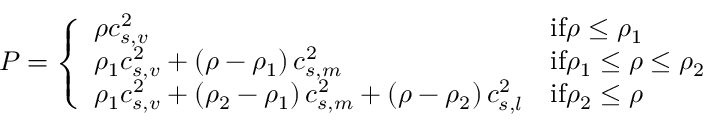
P = \left\{ \begin{array} { l l } { \rho c _ { s , v } ^ { 2 } } & { \mathrm { i f } \rho \leq \rho _ { 1 } } \\ { \rho _ { 1 } c _ { s , v } ^ { 2 } + \left( \rho - \rho _ { 1 } \right) c _ { s , m } ^ { 2 } } & { \mathrm { i f } \rho _ { 1 } \leq \rho \leq \rho _ { 2 } } \\ { \rho _ { 1 } c _ { s , v } ^ { 2 } + \left( \rho _ { 2 } - \rho _ { 1 } \right) c _ { s , m } ^ { 2 } + \left( \rho - \rho _ { 2 } \right) c _ { s , l } ^ { 2 } } & { \mathrm { i f } \rho _ { 2 } \leq \rho } \end{array} \right.